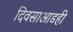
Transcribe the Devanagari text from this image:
दिवसाआडही